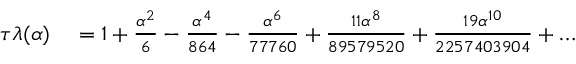
\begin{array} { r l } { \tau \lambda ( \alpha ) } & { { } = 1 + \frac { \alpha ^ { 2 } } { 6 } - \frac { \alpha ^ { 4 } } { 8 6 4 } - \frac { \alpha ^ { 6 } } { 7 7 7 6 0 } + \frac { 1 1 \alpha ^ { 8 } } { 8 9 5 7 9 5 2 0 } + \frac { 1 9 \alpha ^ { 1 0 } } { 2 2 5 7 4 0 3 9 0 4 } + \dots } \end{array}